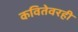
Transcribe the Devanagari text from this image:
कवितेवरही